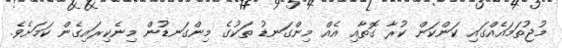
މުޖުތަމައެއްގައި ކަންކަން ކުރާ ގޮތާއި އެއް މިންގަނޑު ތަކުގެ މިންގަނޑުން މިނެކިރައިގެން ކަމަށެވެ.